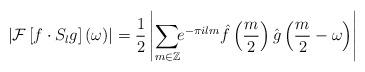
LaTeX: \begin{align*}\left|\mathcal{F}\left[f\cdot S_{l}g\right]\left(\omega\right)\right|=\frac{1}{2}\left|\sum_{m\in\mathbb{Z}}\!\!e^{-\pi ilm}\hat{f}\left(\frac{m}{2}\right)\hat{g}\left(\frac{m}{2}-\omega\right)\right|\end{align*}